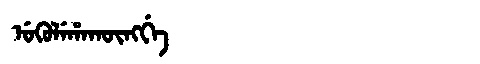
Manchu: ᡠᡴᡠᠯᡝᡥᠠᡴᡡᠩᡤᡝ
Romanization: UKULEHAKŪNGGE